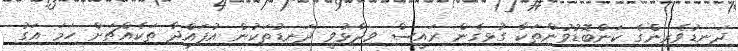
ދަނޑުވެރިންގެ ކަންބޮޑުވުންތަކާ ގުޅިގެން ރައީސް ވިދާޅުވީ ދަނޑުތަކުން އުފައްދާ ތަކެއްޗަށް ހަމަ އަގު